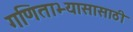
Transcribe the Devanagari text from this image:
गणिताभ्यासासाठी